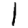
Digit: 1